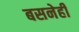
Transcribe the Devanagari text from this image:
बसनेही